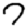
Digit: 7